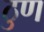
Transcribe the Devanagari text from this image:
ठुण